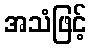
အသံဖြင့်